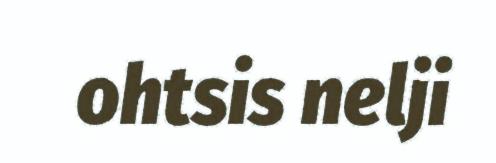
ohtsis nelji